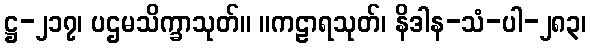
ဋ္ဌ-၂၁၇၊ ပဌမသိက္ခာသုတ်။ ။ကဠာရသုတ်၊ နိဒါန-သံ-ပါ-၂၈၃၊